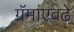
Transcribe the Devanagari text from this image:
ग्रॅमांएवढे